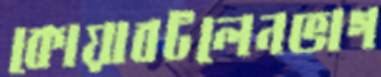
কোয়াবটলেনভাগ